Plague in India, 1896, 1897 - Volume 2
Year: 1896
Disease focus: Plague
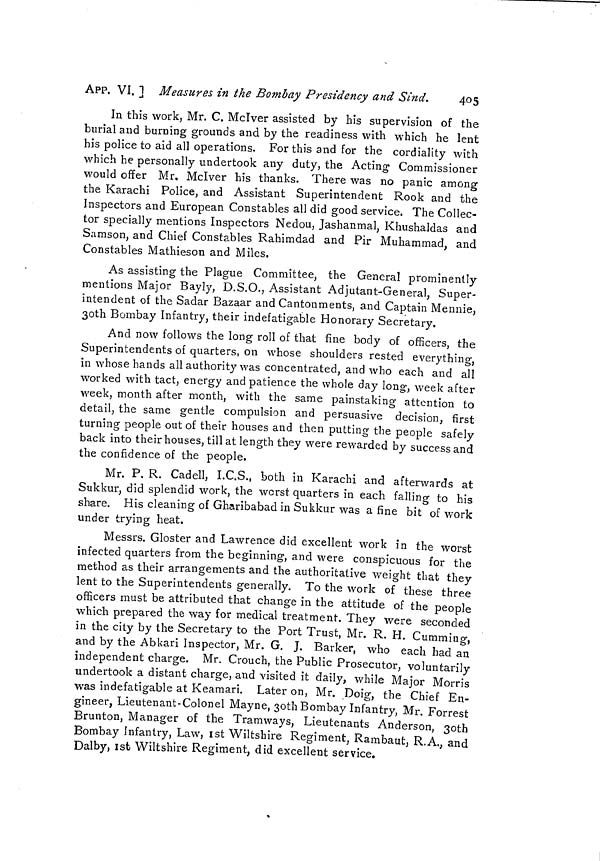
405
APP. VI. ] Measures in the Bombay Presidency and Sind.
In this work, Mr. C. Mclver assisted by his supervision of the
burial and burning grounds and by the readiness with which he lent
his police to aid all operations. For this and for the cordiality with
which he personally undertook any duty, the Acting Commissioner
would offer Mr. Mclver his thanks. There was no panic among
the Karachi Police, and Assistant Superintendent Rook and the
Inspectors and European Constables all did good service. The Collec-
tor specially mentions Inspectors Nedou, Jashanmal, Khushaldas and
Samson, and Chief Constables Rahimdad and Pir Muhammad, and
Constables Mathieson and Miles.
As assisting the Plague Committee, the General prominently
mentions Major Bayly, D.S.O., Assistant Adjutant-General, Super-
intendent of the Sadar Bazaar and Cantonments, and Captain Mennie,
30th Bombay Infantry, their indefatigable Honorary Secretary.
And now follows the long roll of that fine body of officers, the
Superintendents of quarters, on whose shoulders rested everything,
in whose hands all authority was concentrated, and who each and all
worked with tact, energy and patience the whole day long, week after
week, month after month, with the same painstaking attention to
detail, the same gentle compulsion and persuasive decision, first
turning people out of their houses and then putting the people safely
back into their houses, till at length they were rewarded by success and
the confidence of the people.
Mr. P. R. Cadell, I.C.S., both in Karachi and afterwards at
Sukkur, did splendid work, the worst quarters in each falling to his
share. His cleaning of Gharibabad in Sukkur was a fine bit of work
under trying heat.
Messrs. Gloster and Lawrence did excellent work in the worst
infected quarters from the beginning, and were conspicuous for the
method as their arrangements and the authoritative weight that they
lent to the Superintendents generally. To the work of these three
officers must be attributed that change in the attitude of the people
which prepared the way for medical treatment. They were seconded
in the city by the Secretary to the Port Trust, Mr. R. H. Cumming,
and by the Abkari Inspector, Mr. G. J. Barker, who each had an
independent charge. Mr. Crouch, the Public Prosecutor, voluntarily
undertook a distant charge, and visited it daily, while Major Morris
was indefatigable at Keamari. Later on, Mr. Doig, the Chief En-
gineer, Lieutenant-Colonel Mayne, 30th Bombay Infantry, Mr. Forrest
Brunton, Manager of the Tramways, Lieutenants Anderson, 30th
Bombay Infantry, Law, 1st Wiltshire Regiment, Rambaut, R.A., and
Dalby, 1st Wiltshire Regiment, did excellent service.